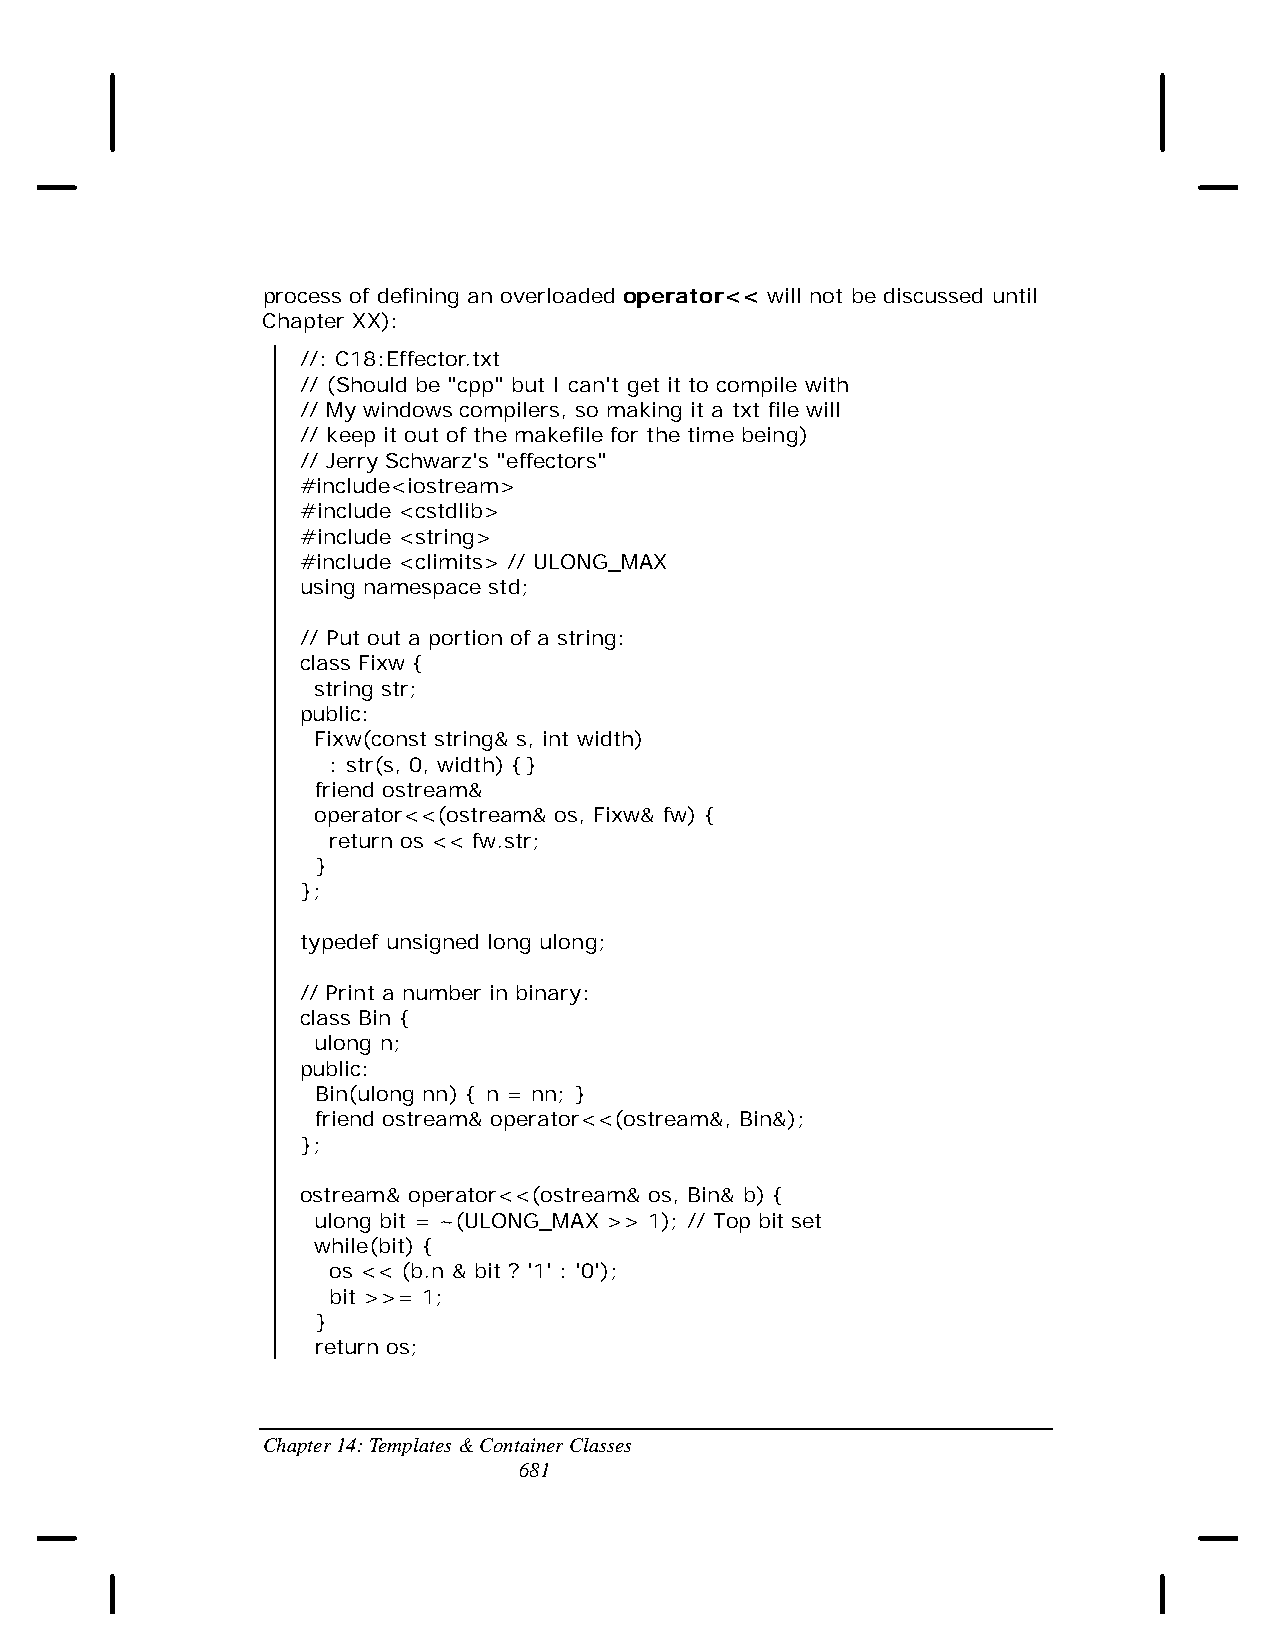
process of defining an overloaded operator<< will not be discussed until
 Chapter XX):
 //: C18:Effector.txt
 // (Should be "cpp" but I can't get it to compile with
 // My windows compilers, so making it a txt file will
 // keep it out of the makefile for the time being)
 // Jerry Schwarz's "effectors"
 #include<iostream>
 #include <cstdlib>
 #include <string>
 #include <climits> // ULONG_MAX
 using namespace std;
 // Put out a portion of a string:
 class Fixw {
 string str;
 public:
 Fixw(const string& s, int width)
 : str(s, 0, width) {}
 friend ostream&
 operator<<(ostream& os, Fixw& fw) {
 return os << fw.str;
 }
 };
 typedef unsigned long ulong;
 // Print a number in binary:
 class Bin {
 ulong n;
 public:
 Bin(ulong nn) { n = nn; }
 friend ostream& operator<<(ostream&, Bin&);
 };
 ostream& operator<<(ostream& os, Bin& b) {
 ulong bit = ~(ULONG_MAX >> 1); // Top bit set
 while(bit) {
 os << (b.n & bit ? '1' : '0');
 bit >>= 1;
 }
 return os;
 Chapter 14: Templates & Container Classes
 681